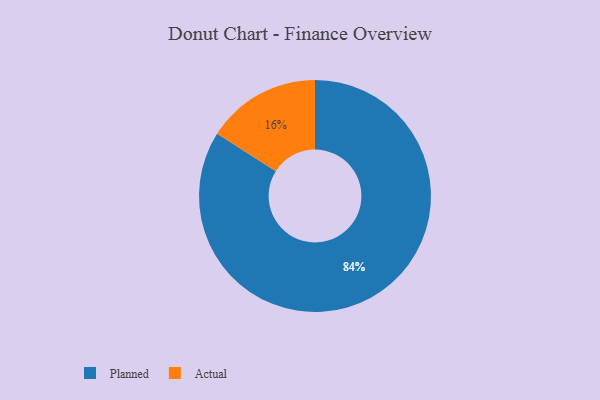
{"axis": {"x": "Category", "y": "Percentage"}, "legend": ["Actual", "Planned"], "data": [{"x": "Planned", "y": 84, "type": "Planned"}, {"x": "Actual", "y": 16, "type": "Actual"}]}